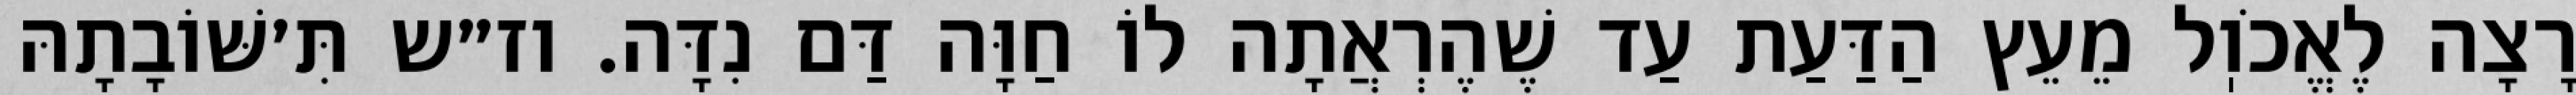
רָצָה לֶאֱכֹוֽל מֵעֵץ הַדַּעַת עַד שֶׁהֶרְאֲתָה לוֹ חַוָּה דַּם נִדָּה. וז״ש תִּ׳שּׁוֹבָתָהּ